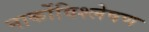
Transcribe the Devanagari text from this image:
नार्कोविश्लेषण